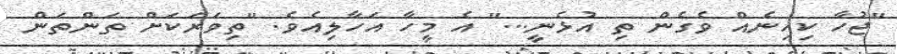
"ޖުހާ ކިހިނެއް ވެގެން ތި އުޅެނީ..." އެ މީހާ އަހާލިއެވެ. "ތިވަރަކަށް ތަންތަން